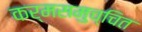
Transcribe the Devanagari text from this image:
कर्मसमुच्चित